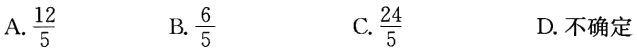
A.$\frac{12}{5}$  B.$\frac{6}{5}$  C.$\frac{24}{5}$  D.不确定